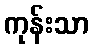
ကုန်းသာ